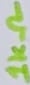
Text: 1KΩ